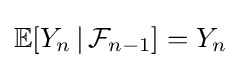
\mathbb {E} [Y_{n}\,|\,{\mathcal {F}}_{n-1}]=Y_{n}